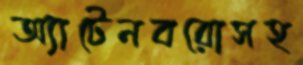
অ্যাটেনবরোসহ